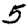
Digit: 5